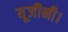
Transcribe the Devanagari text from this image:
यूजीनी।